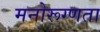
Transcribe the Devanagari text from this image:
मनोरूग्णता